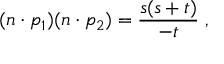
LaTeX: ( n \cdot p _ { 1 } ) ( n \cdot p _ { 2 } ) = \frac { s ( s + t ) } { - t } \; ,